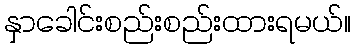
နှာခေါင်းစည်းစည်းထားရမယ်။